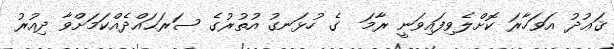
ޤަޢުދު އަވަހާރަ ކޮށްލެވިފައިވަނީ ރާމަ  ގެ ހުޅަނގު އުތުރުގެ ސަރަޙައްދެއްކަމަށްވާ ދިއުރު